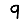
Digit: 9